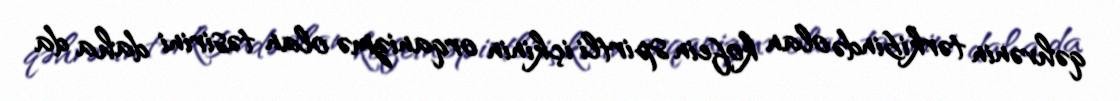
qəhvənin tərkibində olan kofein spirtli içkinin orqanizmə olan təsirini daha da